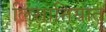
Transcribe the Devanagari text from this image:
लिसानियात